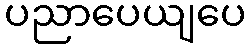
ပညာပေယျပေ